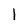
Character: 1